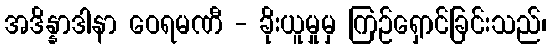
အဒိန္နာဒါနာ ဝေရမဏီ - ခိုးယူမှုမှ ကြဉ်ရှောင်ခြင်းသည်၊